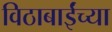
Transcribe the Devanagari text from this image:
विठाबाईंच्या